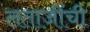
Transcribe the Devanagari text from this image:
लताजींची